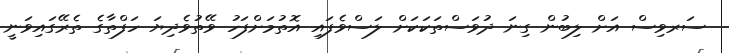
ސަރވިސް އަށް ލިބުން ގިނަ ދުވަސްތަކަކަށް ލަސްވެފައި އޮތުމަށްފަހު ވޭތުވެދިޔަ ހަފްތާގެ ތެރޭގައިވަނީ